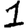
Digit: 1